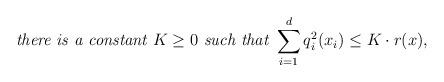
LaTeX: \begin{align*} \textit{there is a constant $K\geq 0$ such that } \sum_{i=1}^d q_i^2(x_i)\le K\cdot r(x), \end{align*}